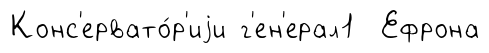
Конс'ервато́р'иjи г'ен'ерал1 Ефрона